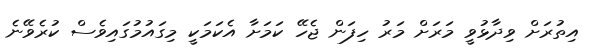
އިތުރަށް ވިދާޅުވީ މަރަށް މަރު ހިފަން ޖެހޭ ކަމަށާ އެކަމަކީ މިގައުމުގައިވެސް ކުރެވޭނެ